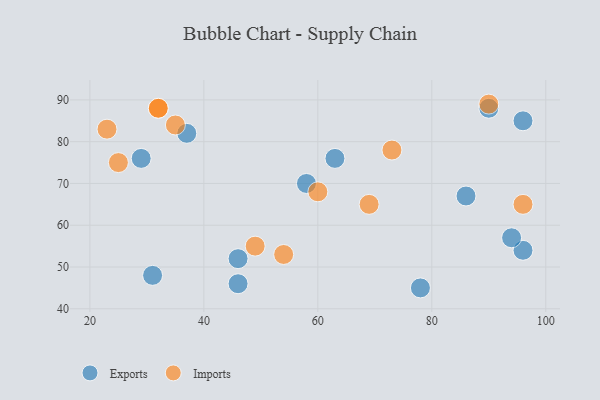
{"axis": {"x": "GDP", "y": "Life Expectancy"}, "legend": ["Exports", "Imports"], "data": [{"x": "37", "y": 82, "type": "Exports"}, {"x": "90", "y": 88, "type": "Exports"}, {"x": "96", "y": 54, "type": "Exports"}, {"x": "58", "y": 70, "type": "Exports"}, {"x": "31", "y": 48, "type": "Exports"}, {"x": "86", "y": 67, "type": "Exports"}, {"x": "78", "y": 45, "type": "Exports"}, {"x": "46", "y": 46, "type": "Exports"}, {"x": "96", "y": 85, "type": "Exports"}, {"x": "63", "y": 76, "type": "Exports"}, {"x": "29", "y": 76, "type": "Exports"}, {"x": "46", "y": 52, "type": "Exports"}, {"x": "94", "y": 57, "type": "Exports"}, {"x": "69", "y": 65, "type": "Imports"}, {"x": "60", "y": 68, "type": "Imports"}, {"x": "90", "y": 89, "type": "Imports"}, {"x": "54", "y": 53, "type": "Imports"}, {"x": "73", "y": 78, "type": "Imports"}, {"x": "32", "y": 88, "type": "Imports"}, {"x": "23", "y": 83, "type": "Imports"}, {"x": "25", "y": 75, "type": "Imports"}, {"x": "35", "y": 84, "type": "Imports"}, {"x": "49", "y": 55, "type": "Imports"}, {"x": "32", "y": 88, "type": "Imports"}, {"x": "96", "y": 65, "type": "Imports"}]}